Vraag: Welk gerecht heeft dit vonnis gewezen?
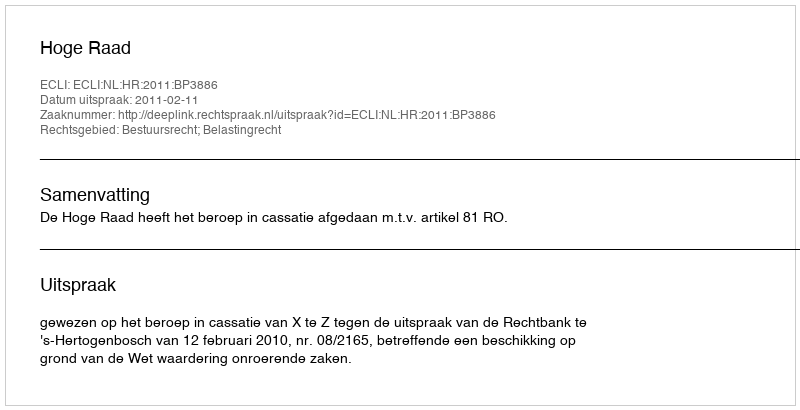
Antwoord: Hoge Raad